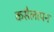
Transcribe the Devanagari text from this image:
कसैलापन